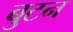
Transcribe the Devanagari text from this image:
बुटन